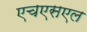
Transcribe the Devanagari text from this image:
एचएसएल